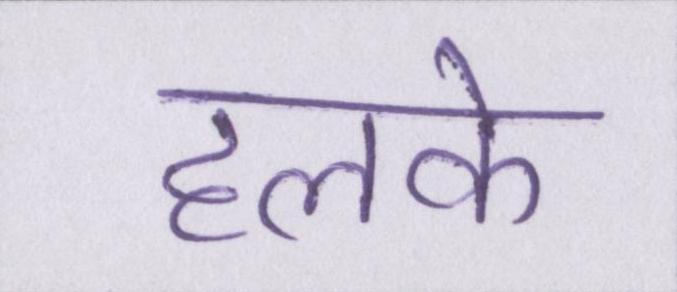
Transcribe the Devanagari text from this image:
हलके